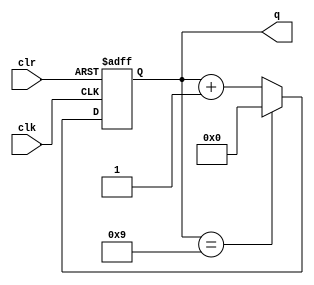
module counter(clk, clr, q);
  parameter COUNTER_LIMIT = 9;
  input clk, clr;
  output reg [3:0] q;

  always @(posedge clk, posedge clr) begin
    if (clr)
      q <= 1'b0;
    else if (q == COUNTER_LIMIT) 
      q <= 1'b0;
    else
      q <= q + 1;
  end

endmodule